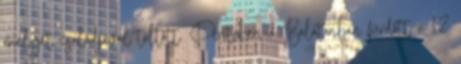
melyet családjával töltött. Pénteken a Balatonban fürdött a 12